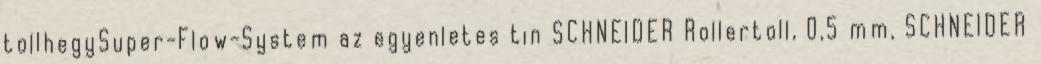
tollhegySuper-Flow-System az egyenletes tin SCHNEIDER Rollertoll, 0,5 mm, SCHNEIDER